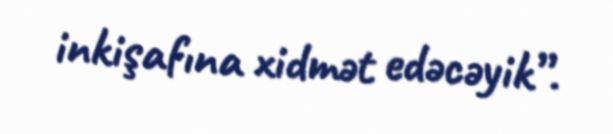
inkişafına xidmət edəcəyik”.